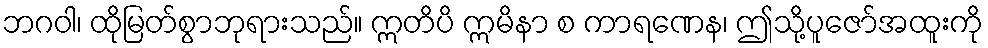
ဘဂဝါ၊ ထိုမြတ်စွာဘုရားသည်။ ဣတိပိ ဣမိနာ စ ကာရဏေန၊ ဤသို့ပူဇော်အထူးကို